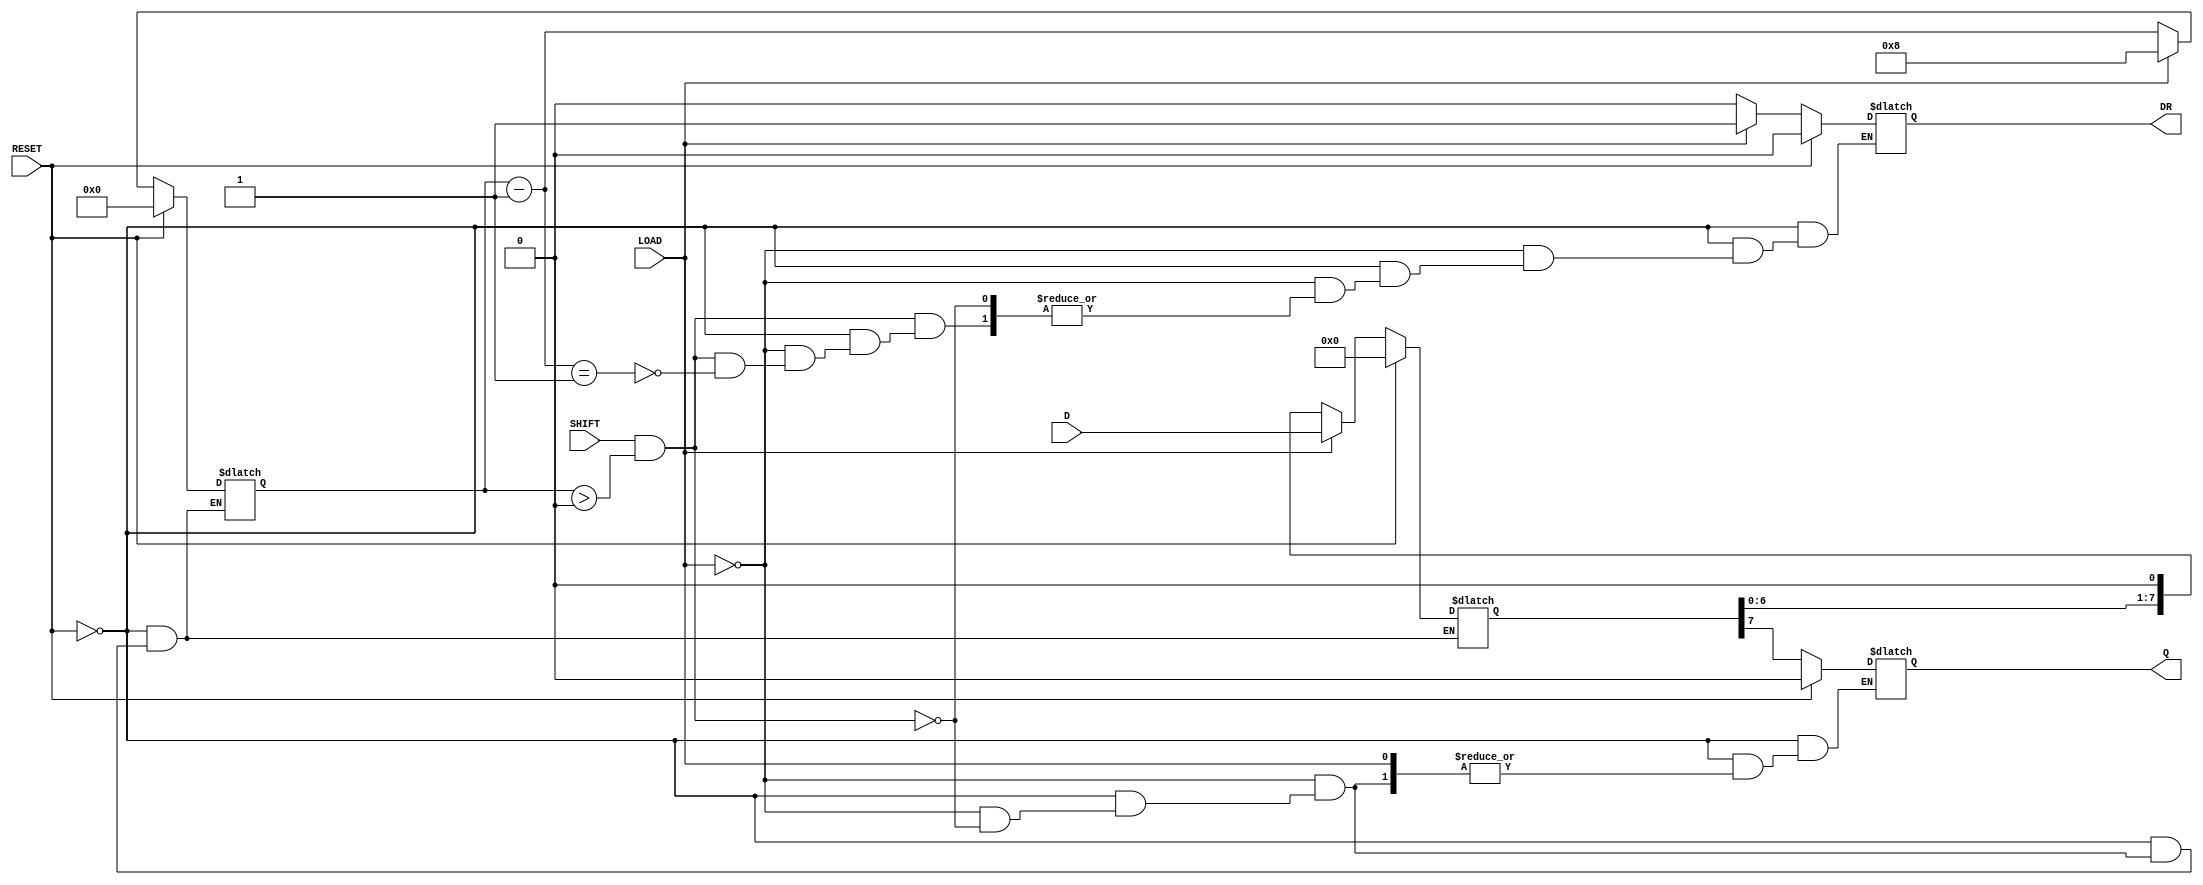
module PISO_Register #(
    parameter WIDTH = 8 // Define the width of the register
)(
    input wire [WIDTH-1:0] D,    // Parallel data input
    input wire LOAD,              // Load control signal
    input wire SHIFT,             // Shift control signal
    input wire RESET,             // Asynchronous reset signal
    output reg Q,                 // Serial output
    output reg DR                 // Data Ready signal
);

    reg [WIDTH-1:0] shift_reg;    // Shift register to hold the data
    reg [3:0] count;               // Counter to track the number of bits shifted out

    always @* begin
        // Asynchronous reset
        if (RESET) begin
            shift_reg = 0;         // Clear the shift register
            Q = 0;                 // Clear the serial output
            DR = 0;                // Clear the Data Ready signal
            count = 0;             // Reset the counter
        end else begin
            // Handle loading data
            if (LOAD) begin
                shift_reg = D;      // Load data into the shift register
                DR = 1;             // Indicate that data is ready
                count = WIDTH;      // Set count to the width of the register
            end else if (SHIFT && count > 0) begin
                Q = shift_reg[WIDTH-1]; // Output the MSB
                shift_reg = shift_reg << 1; // Shift left
                count = count - 1; // Decrement the count
                if (count == 1) begin
                    DR = 0; // Clear Data Ready signal when all bits are shifted out
                end
            end
        end
    end

endmodule